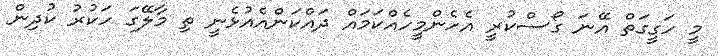
މީ ހަގީގަތް އޭނަ ގޯސްކުރީ އެހެންމީހެއްކަމައް ދައްކަންއެއުޅެނީ ތި މާލޭގަ ހަކުރު ކުދިން